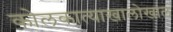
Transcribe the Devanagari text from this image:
कोलकात्याखालोखाल